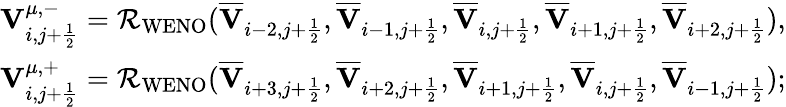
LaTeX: \begin{array}{r}{{\mathbf{V}}_{i,j+\frac{1}{2}}^{\mu,-}=\mathcal{R}_{\mathrm{WENO}}(\overline{{\mathbf{V}}}_{i-2,j+\frac{1}{2}},\overline{{\mathbf{V}}}_{i-1,j+\frac{1}{2}},\overline{{\mathbf{V}}}_{i,j+\frac{1}{2}},\overline{{\mathbf{V}}}_{i+1,j+\frac{1}{2}},\overline{{\mathbf{V}}}_{i+2,j+\frac{1}{2}}),}\\ {{\mathbf{V}}_{i,j+\frac{1}{2}}^{\mu,+}=\mathcal{R}_{\mathrm{WENO}}(\overline{{\mathbf{V}}}_{i+3,j+\frac{1}{2}},\overline{{\mathbf{V}}}_{i+2,j+\frac{1}{2}},\overline{{\mathbf{V}}}_{i+1,j+\frac{1}{2}},\overline{{\mathbf{V}}}_{i,j+\frac{1}{2}},\overline{{\mathbf{V}}}_{i-1,j+\frac{1}{2}});}\end{array}